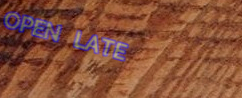
OPEN LATE